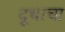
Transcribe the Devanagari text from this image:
दूधाचा